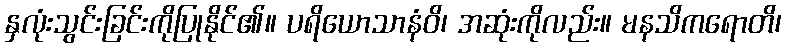
နှလုံးသွင်းခြင်းကိုပြုနိုင်၏။ ပရိယောသာနံဝိ၊ အဆုံးကိုလည်း။ မနသိကရောတိ၊